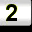
Digit: 2